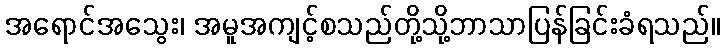
အရောင်အသွေး၊ အမူအကျင့်စသည်တို့သို့ဘာသာပြန်ခြင်းခံရသည်။